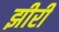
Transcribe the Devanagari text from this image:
झीरी